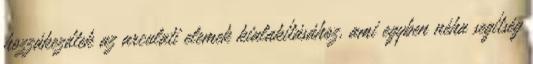
hozzákezdtek az arculati elemek kialakításához, ami egyben néha segítség